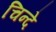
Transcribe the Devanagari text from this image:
चिन्दे